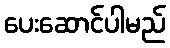
ပေးဆောင်ပါမည်